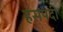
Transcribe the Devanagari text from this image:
हंसपदी